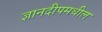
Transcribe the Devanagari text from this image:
ज्ञानदीपमधील